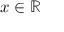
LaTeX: x \in \mathbb { R }